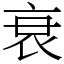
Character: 衰